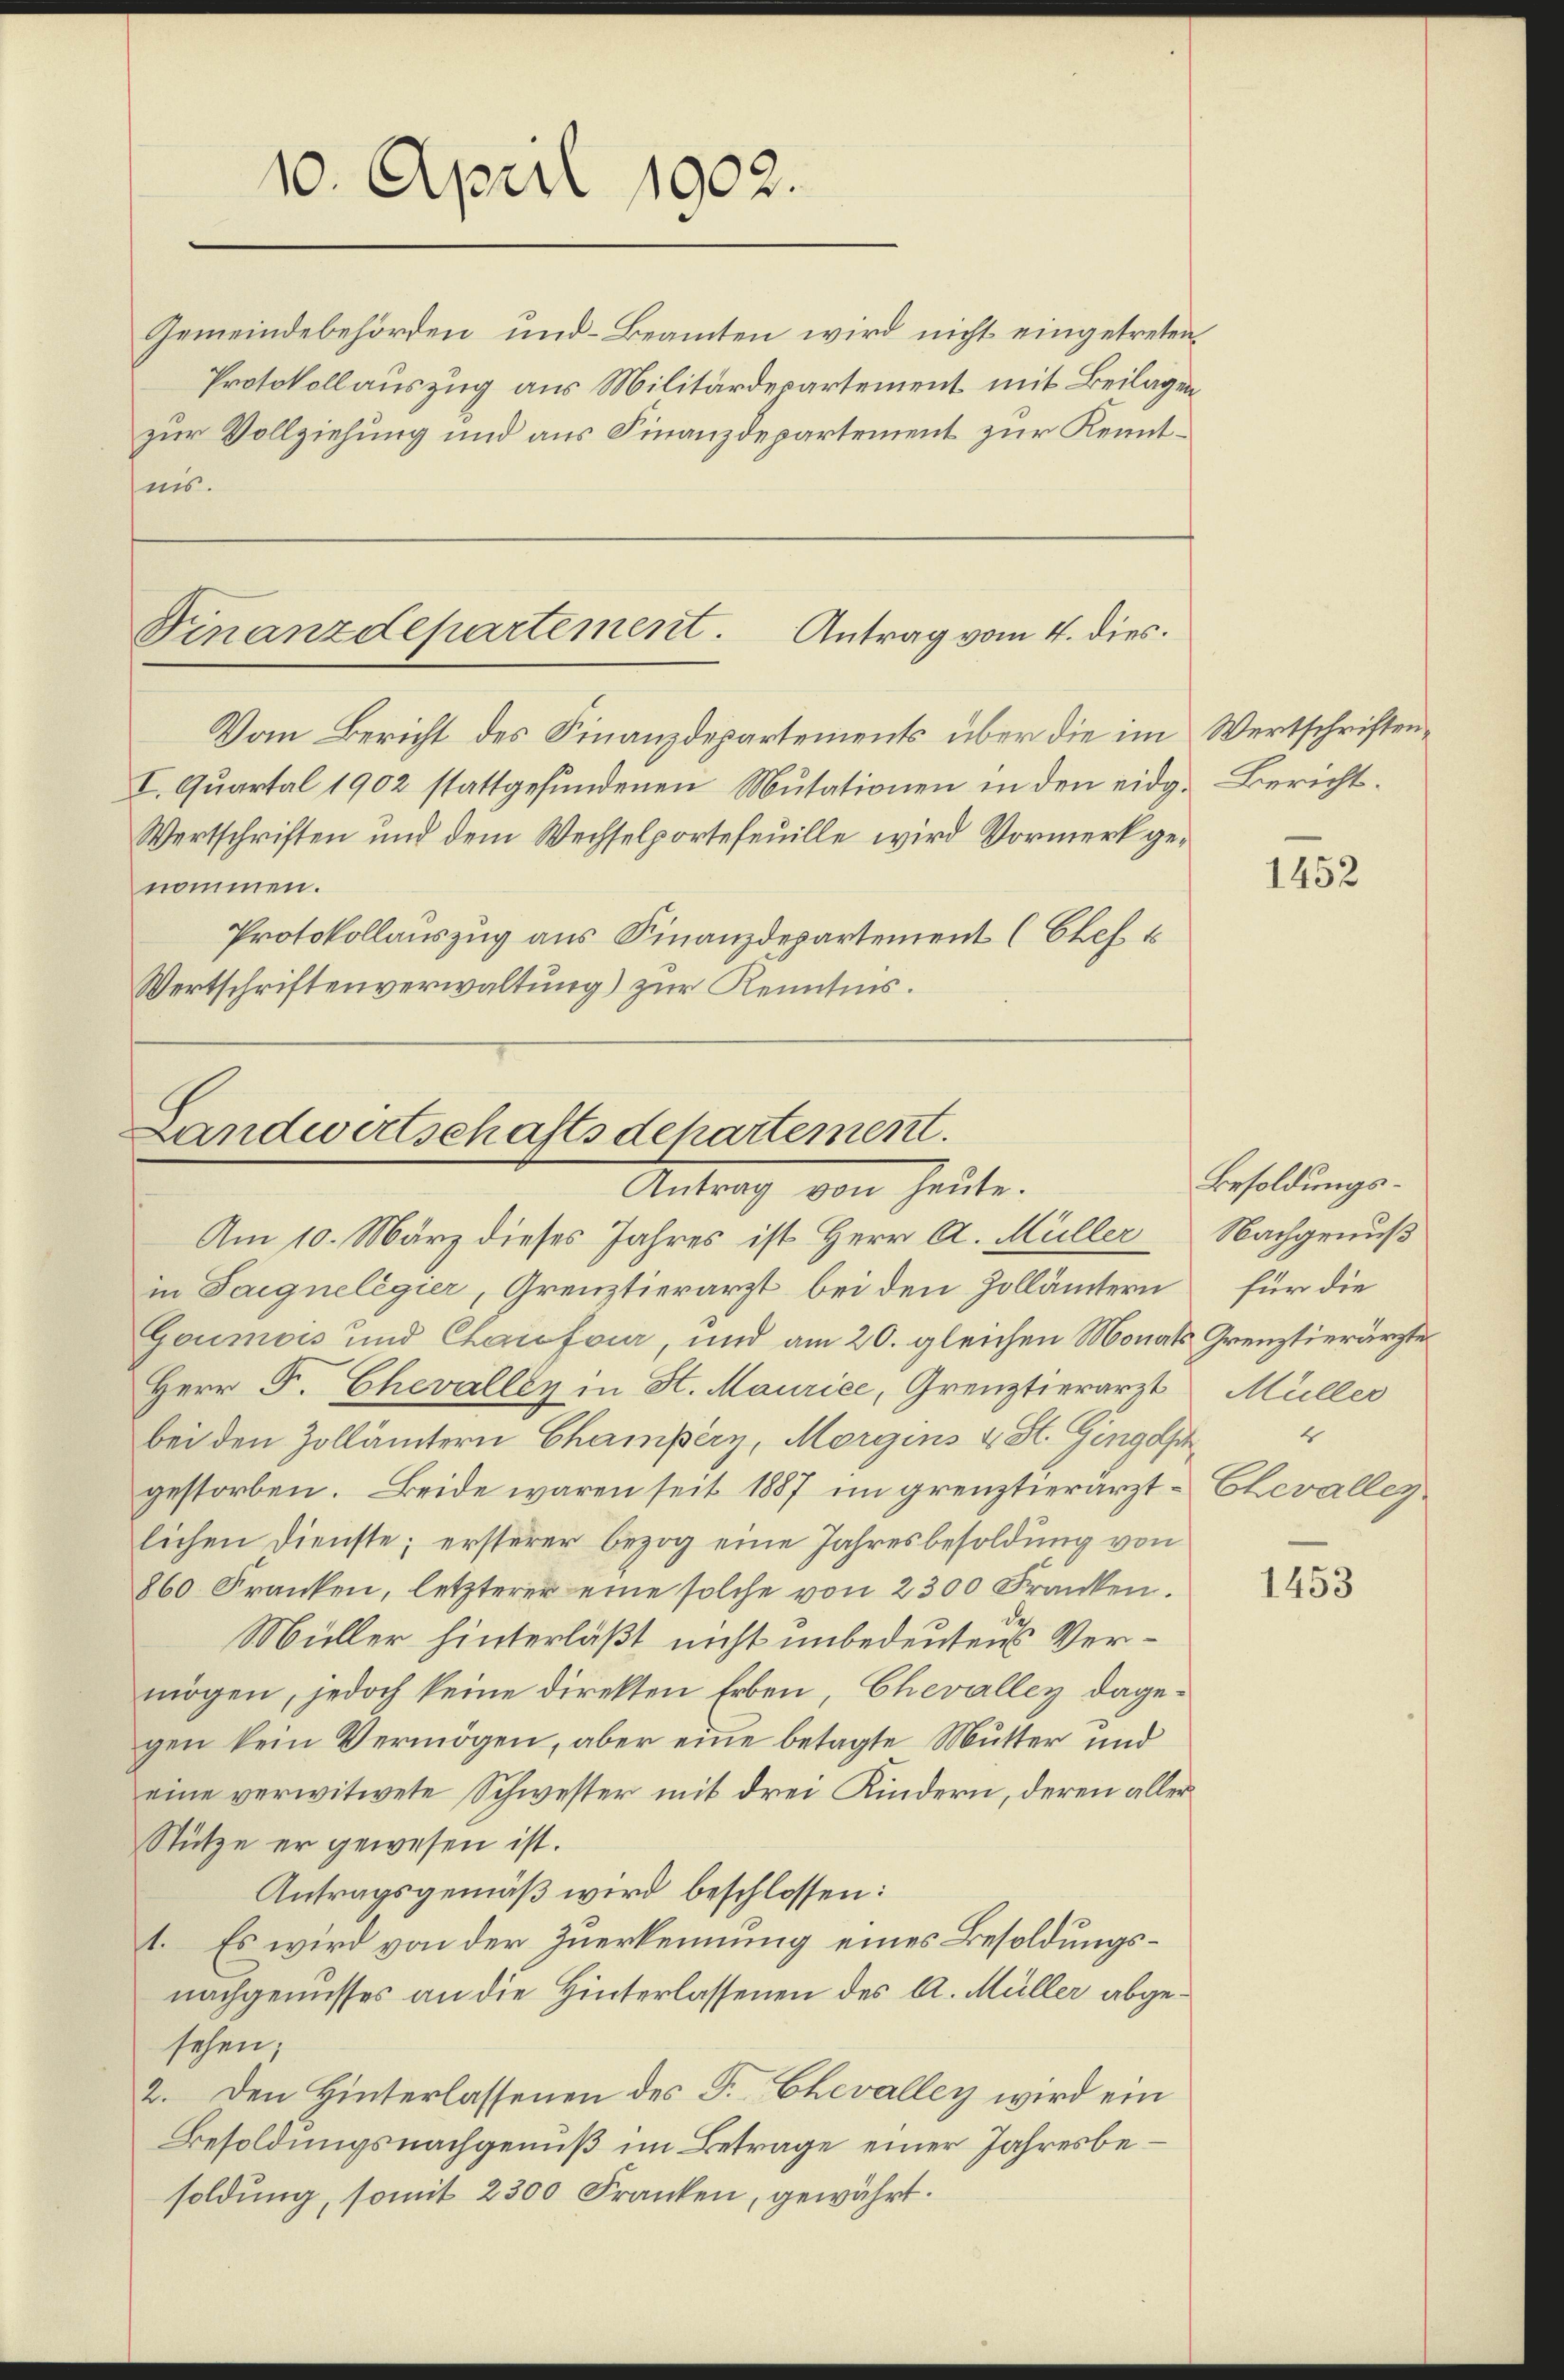
10. April 1902.

Gemeindebehörden, und Beamten wird nicht eingetreten,
Protokollauszug aus Militärdepartement mit Beilagen
zur Vollziehung und aus Finanzdepartement zur Kenntnis.

Finanzdepartement.
Antrag vom 4. dies.
Vom Bericht des Finanzdepartements über die im Wertschriften¬

Landwertschaftsdepartement.
Antrag von heute.
Am 10. März dieses Jahres ist Herr A. Müller

I. Quartal 1902 stattgefundenen Mutationen in den eidg. Bericht.
Wertschriften und dem Wechselportefeuille wird Vormerk genommen.
Protokollauszug aus Finanzdepartement (Chef. E
Wertschriftenverwaltung) zur Kenntnis.

in Saignelègier, Grenztierarzt bei den Zollämtern
Goumois und Chaufour, und am 20. gleichen Monats Grenztierärzte
Herr F. Chevalley in H. Maurice, Grenztierarzt
bei den Zollämtern Champéry, Morgins u St. Gingasch
gestorben. Beide waren seit 1887 im grenztierärzt Chevalley
lichen Dienste; ersterer bezog eine Jahresbesoldung von
860. Franken, letzterer eine solche von 2300 Franken.
Müller hinterläßt nicht unbedeutens Vermögen, jedoch keine direkten Erben, Chevalley dagegen kein Vermögen, aber eine betagte Mutter und
eine verwitwete Schwester mit drei Kindern, deren aller
Stütze er gewesen ist.
Antragsgemäß wird beschlossen:
1. Es wird von der Zuerkennung eines Besoldungsnachgenusses an die Hinterlassenen des A. Müller abgesehen;
2. Den Hinterlassenen des P. Chevalley wird ein
Besoldungsnachgenuß im Betrage einer Jahresbesoldung, somit 2300 Franken, gewährt.

1452

Besoldungs¬
Nachgenuß
für die
Müller
4

1453